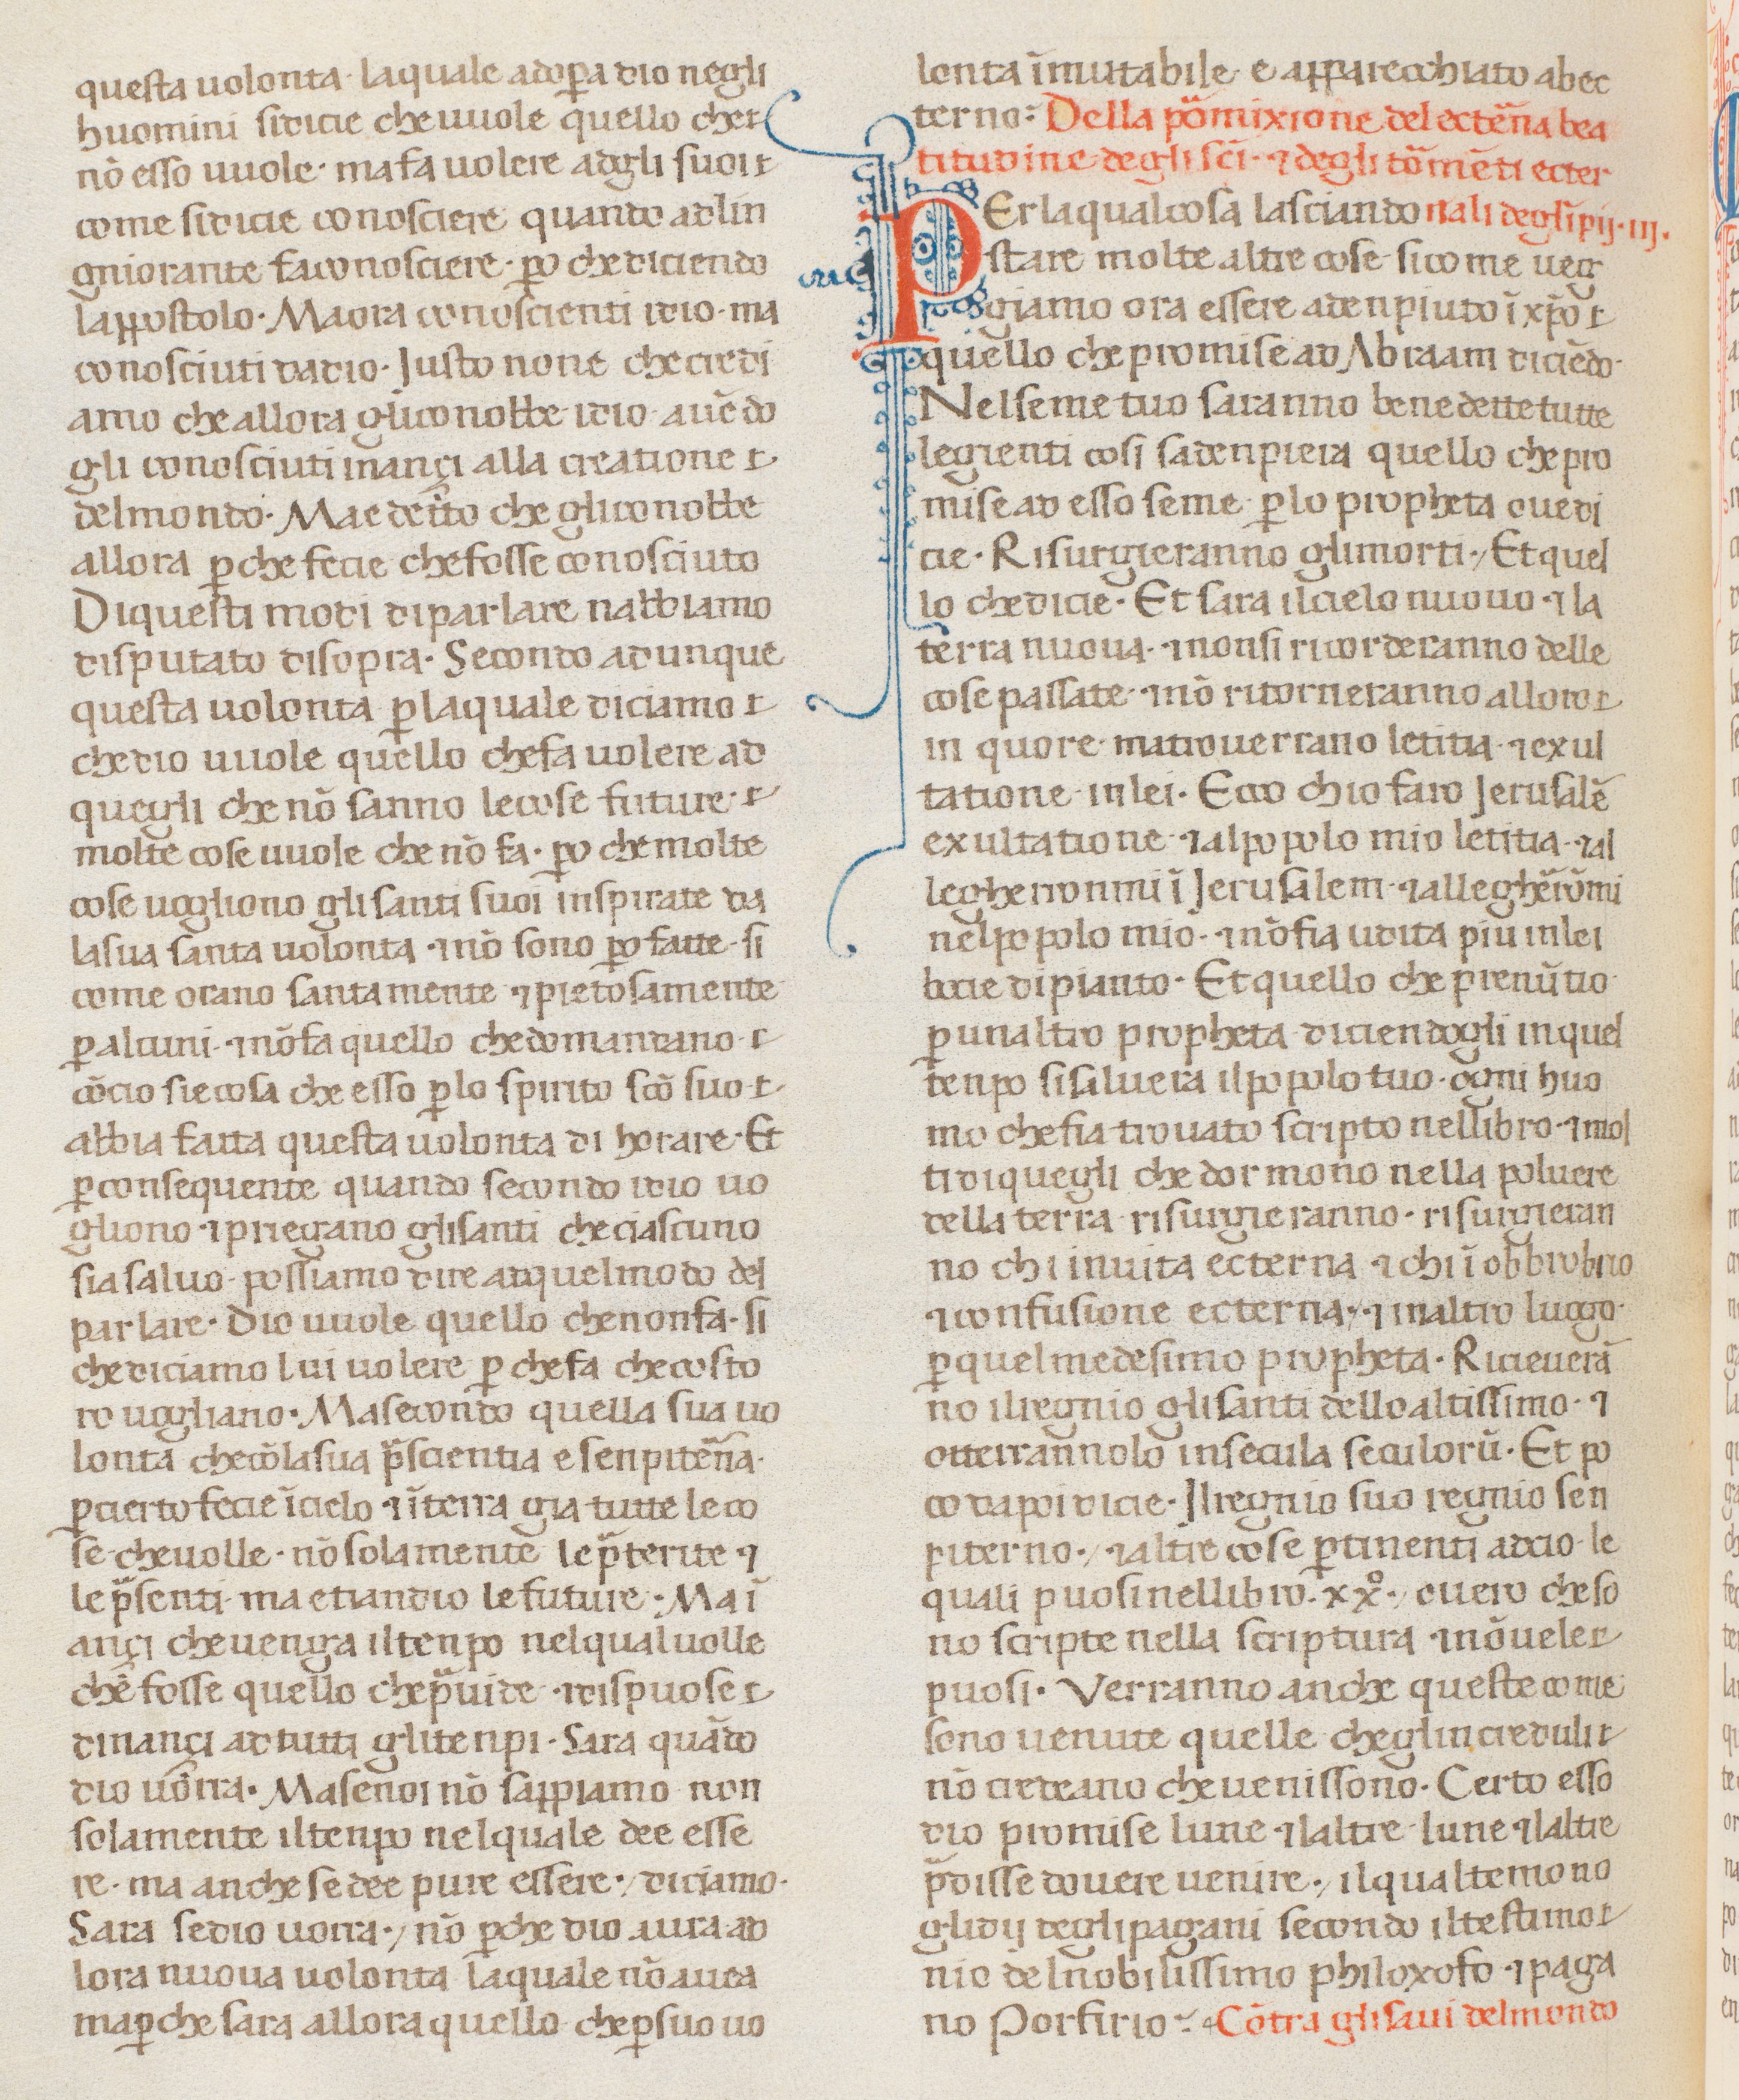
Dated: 1300–1399